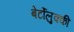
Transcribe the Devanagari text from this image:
बेर्टोलुक्की